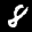
Label: 8